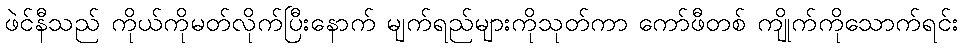
ဖဲင်နီသည် ကိုယ်ကိုမတ်လိုက်ပြီးနောက် မျက်ရည်များကိုသုတ်ကာ ကော်ဖီတစ် ကျိုက်ကိုသောက်ရင်း